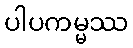
ပါပကမ္မဿ